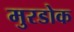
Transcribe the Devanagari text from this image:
मुरडोक